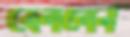
বেললেন